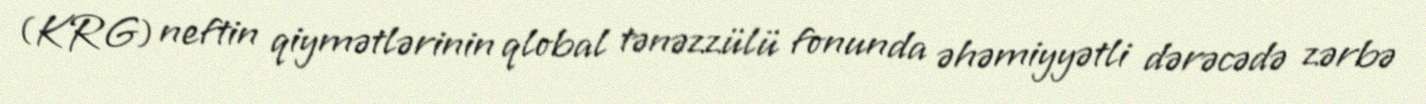
(KRG) neftin qiymətlərinin qlobal tənəzzülü fonunda əhəmiyyətli dərəcədə zərbə